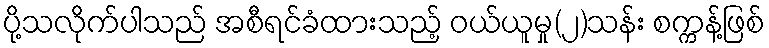
ပို့သလိုက်ပါသည် အစီရင်ခံထားသည့် ဝယ်ယူမှု(၂)သန်း စက္ကန့်ဖြစ်